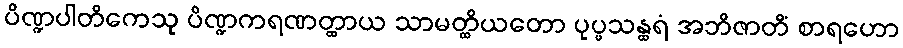
ပိဏ္ဍပါတိကေသု ပိဏ္ဍကရဏတ္ထာယ သာမတ္ထိယတော ပုပ္ဖသန္ထရံ အဘိဇာတိံ စာရဟော